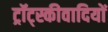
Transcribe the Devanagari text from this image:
ट्रॉट्स्कीवादियों